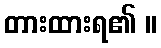
တားထားရ၏ ။